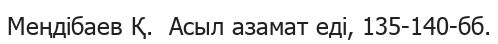
Меңдібаев Қ.  Асыл азамат еді, 135-140-бб.